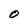
Character: O